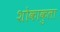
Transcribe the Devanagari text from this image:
शोकाकुला